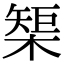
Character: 榘